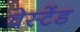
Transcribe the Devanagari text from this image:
वेस्टेंड